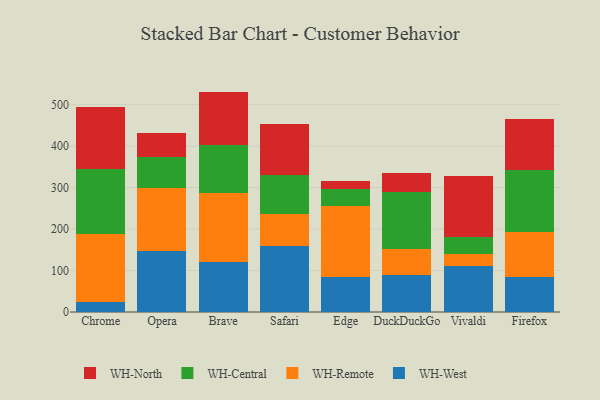
{"axis": {"x": "Browser", "y": "Temperature (°C)"}, "legend": ["WH-Central", "WH-North", "WH-Remote", "WH-West"], "data": [{"x": "Chrome", "y": 24.4, "type": "WH-West"}, {"x": "Chrome", "y": 163.3, "type": "WH-Remote"}, {"x": "Chrome", "y": 158.1, "type": "WH-Central"}, {"x": "Chrome", "y": 147.4, "type": "WH-North"}, {"x": "Opera", "y": 146.9, "type": "WH-West"}, {"x": "Opera", "y": 151.2, "type": "WH-Remote"}, {"x": "Opera", "y": 76.3, "type": "WH-Central"}, {"x": "Opera", "y": 57.4, "type": "WH-North"}, {"x": "Brave", "y": 120.7, "type": "WH-West"}, {"x": "Brave", "y": 166.0, "type": "WH-Remote"}, {"x": "Brave", "y": 116.7, "type": "WH-Central"}, {"x": "Brave", "y": 128.1, "type": "WH-North"}, {"x": "Safari", "y": 158.9, "type": "WH-West"}, {"x": "Safari", "y": 77.9, "type": "WH-Remote"}, {"x": "Safari", "y": 93.9, "type": "WH-Central"}, {"x": "Safari", "y": 123.4, "type": "WH-North"}, {"x": "Edge", "y": 84.9, "type": "WH-West"}, {"x": "Edge", "y": 170.6, "type": "WH-Remote"}, {"x": "Edge", "y": 40.6, "type": "WH-Central"}, {"x": "Edge", "y": 20.8, "type": "WH-North"}, {"x": "DuckDuckGo", "y": 89.8, "type": "WH-West"}, {"x": "DuckDuckGo", "y": 62.8, "type": "WH-Remote"}, {"x": "DuckDuckGo", "y": 136.6, "type": "WH-Central"}, {"x": "DuckDuckGo", "y": 44.9, "type": "WH-North"}, {"x": "Vivaldi", "y": 110.3, "type": "WH-West"}, {"x": "Vivaldi", "y": 29.5, "type": "WH-Remote"}, {"x": "Vivaldi", "y": 41.8, "type": "WH-Central"}, {"x": "Vivaldi", "y": 145.9, "type": "WH-North"}, {"x": "Firefox", "y": 83.9, "type": "WH-West"}, {"x": "Firefox", "y": 108.9, "type": "WH-Remote"}, {"x": "Firefox", "y": 149.6, "type": "WH-Central"}, {"x": "Firefox", "y": 123.9, "type": "WH-North"}]}